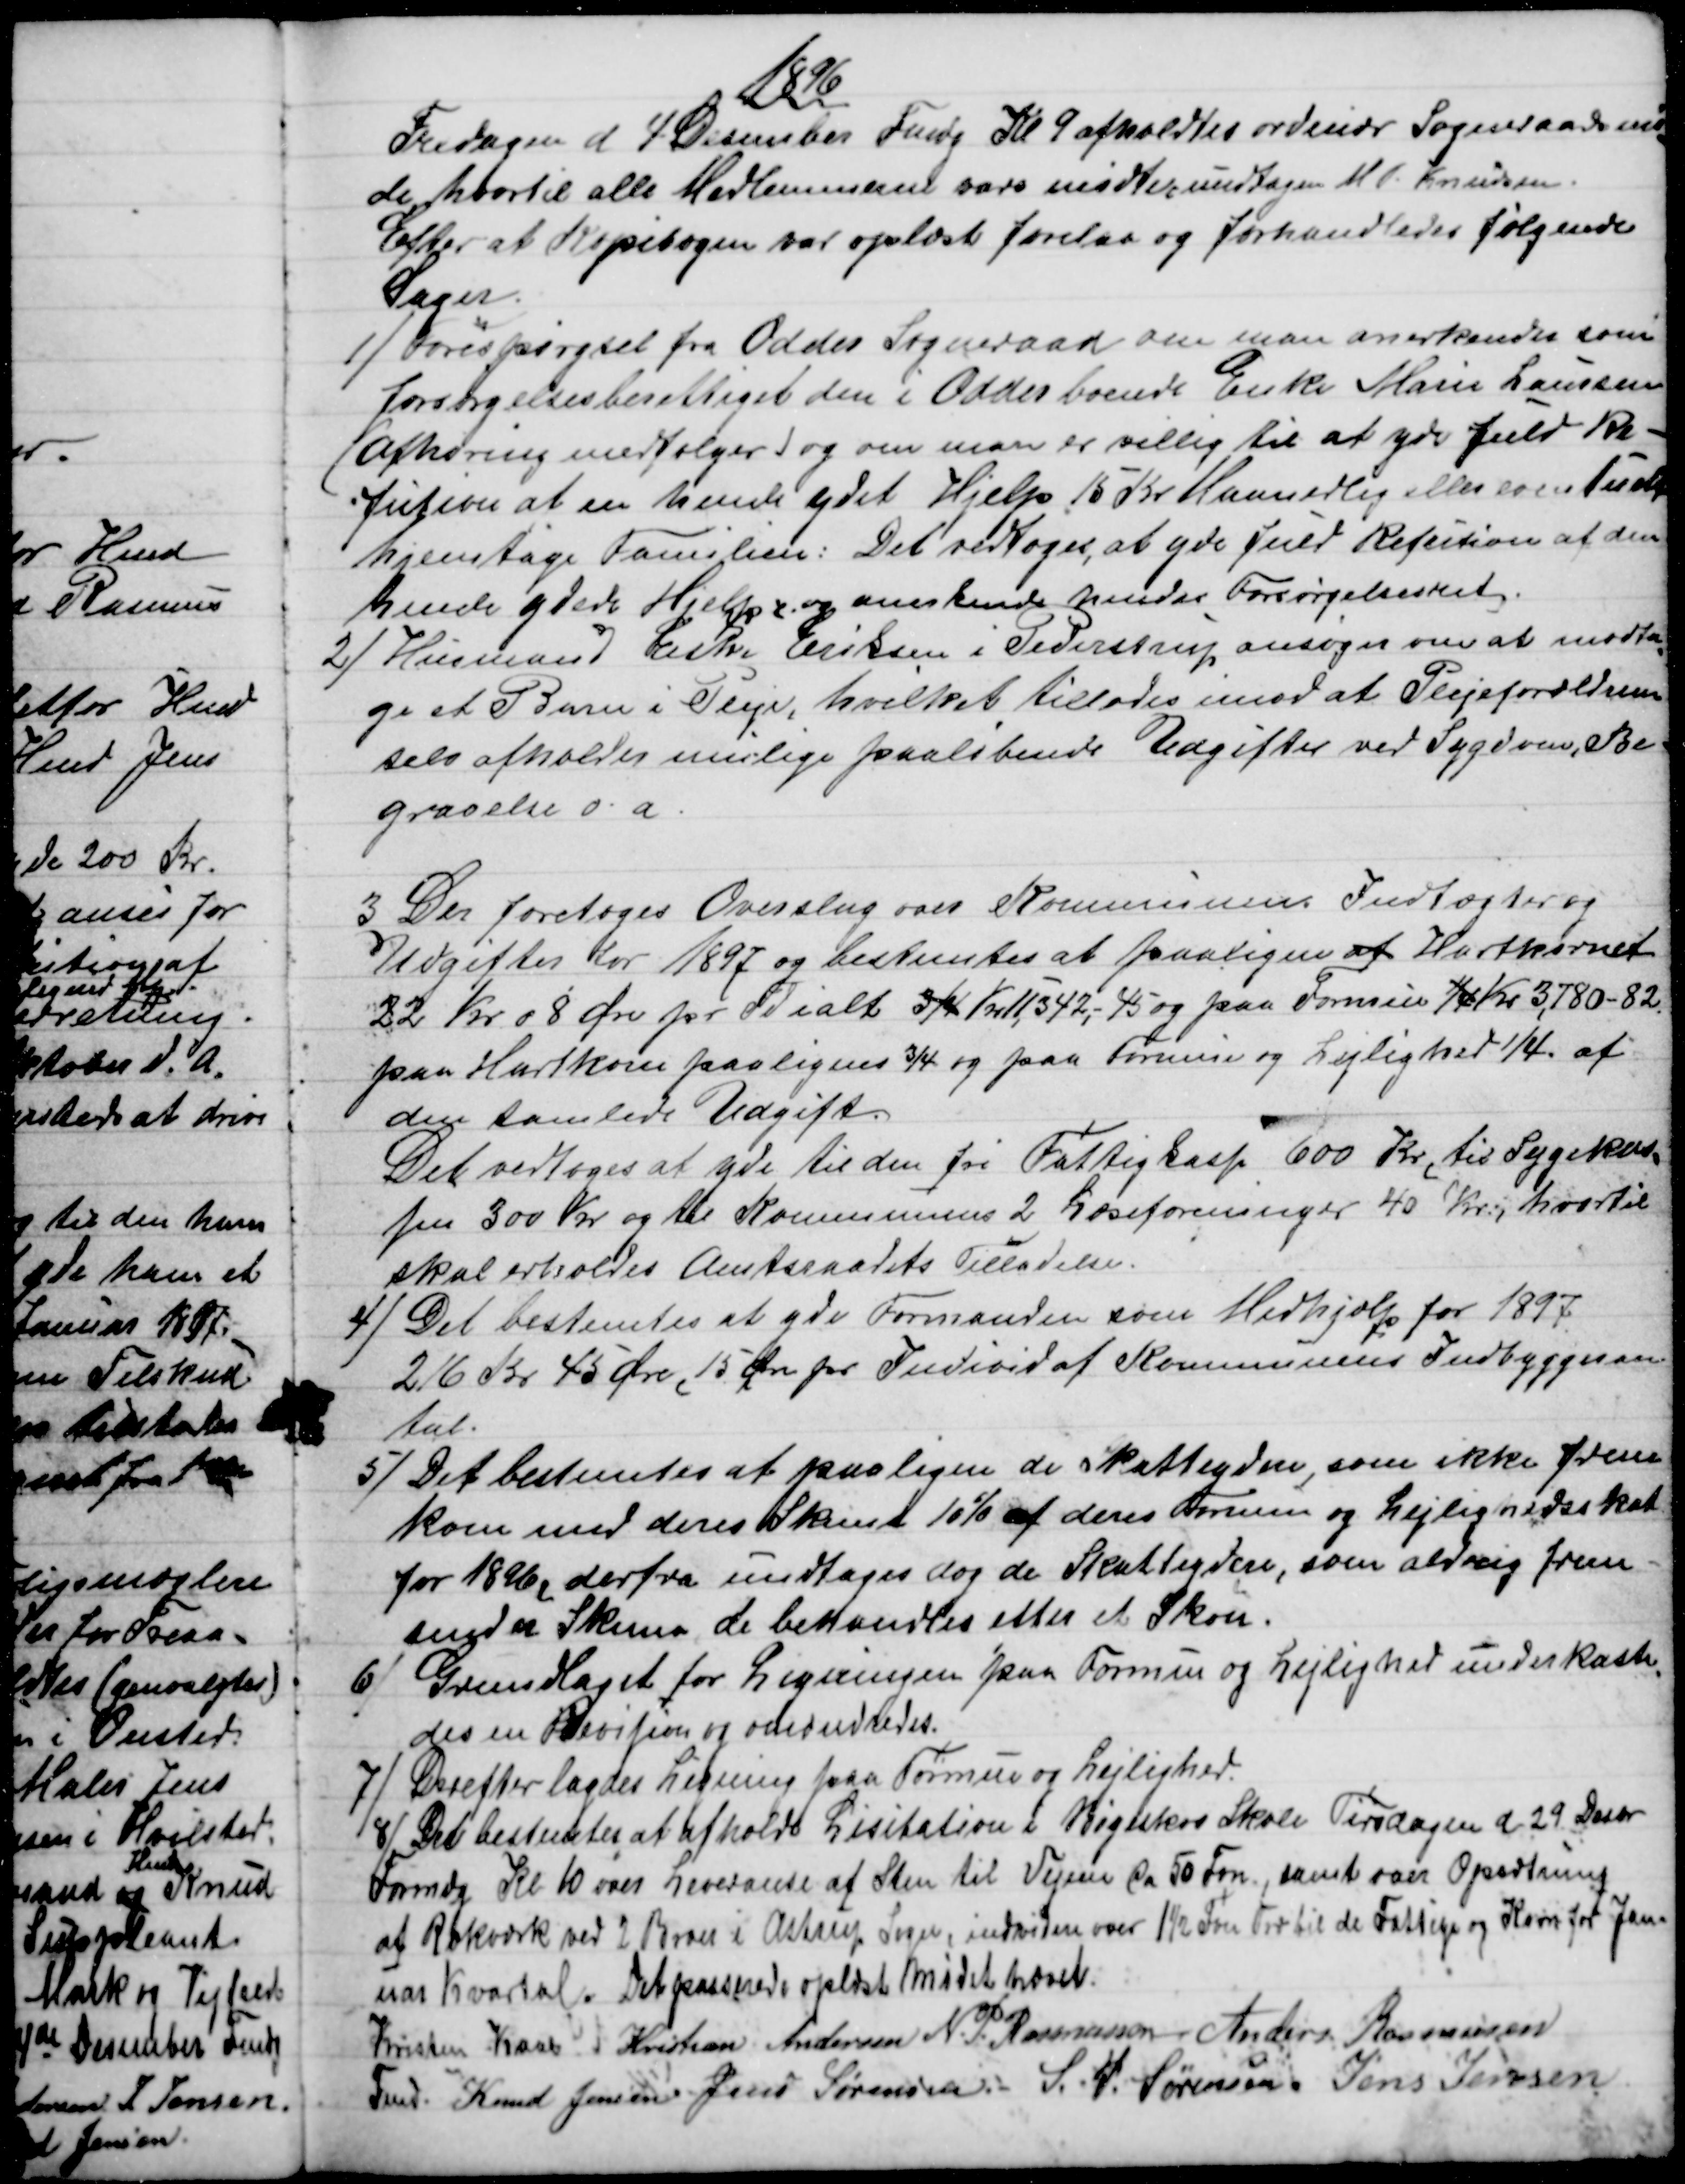
Transskription:
1896
Fredagen d. 4 Desember Fmdg Kl. 9 afholdtes ordinær Sogneraadsmø
=
de, hvortil alle Medlemmerne vare mødte undtagen M. P. Knudsen.
Efter at Kopibogen var oplæst forelaa og forhandledes følgende
Sager.
1)
Forespørgsel fra Odder Sogneraad om man anerkender som
forsørgelsesberettiget den i Odder boende Enke Marie Laursen
(Afhøring medfølger) og om man er villig til at yde fuld Re-
fution af en hende ydet Hjelp 15 Kr Maanedlig eller eventuelt
hjemtage Familien: Det vedtoges, at yde fuld Refusion af den
hende ydede Hjelp og anerkende hendes Forsørgelsesret.
2) 
Husmand Eske Eriksen i Pederstrup ansøger om at modta
=
ge et Barn i Pleje, hvilket tillodes imod at Plejeforældrene
selv afholder mulige paaløbende Udgifter ved Sygdom, Be-
gravelse o. a.
3 Der foretoges Overslag over Kommunens Indtægter og
Udgifter for 1897 og bestemtes at paaligne af Hartkornet
22 Kr. 08 Øre pr Td ialt ¾ Kr 11,342,-45 og paa Formue ¼ Kr 3,780-82.
paa Hartkorn paalignes ¾ og paa Formue og Lejlighed ¼ af
den samlede Udgift.
Det vedtoges at yde til den fri Fattigkasse 600 Kr. til Sygekas-
sen 300 Kr. og til Kommunens 2 Læseforeninger 40 Kr:, hvortil
skal erholdes Amtsraadets Tilladelse.
4) 
Det bestemtes at yde Formanden som Medhjelp for 1897
216 Kr 45 Øre, 15 Øre pr. Individ af Kommunens Indbyggeran-
tal.
5)
Det bestemtes at paaligne de Skatteydere, som ikke frem
kom med deres Skema 10% af deres Formue og Lejlighedsskat
for 1896, derfra undtages dog de Skatteydere, som aldrig frem-
sender Skema, de behandles efter et Skøn.
6)
Grundlaget for Ligningen paa Formue og Lejlighed underkaste
=
des en Revision og omordnedes.
7) 
Derefter lagdes Ligning paa Formue og Lejlighed.
8)
Det bestemtes at afholde Lisitation i Bøgeskov Skole Tirsdagen d 29 Desbr
Formdg Kl. 10 over Leveranse af Sten til Vejene ca 50 Fvn, samt over Opsætning.
af Rækværk ved 2 Broer i Astrup Sogn, indvidere over 1½ Fvn Træ til de Fattige og Korn for Jan-
uar Kvartal. Det passerede oplæst Mødet hævet.
Kristen Kaae 
Fmd. 
Kristian Andersen N. P. Rasmussen Anders Rasmussen
Knud Jensen Jens Sørensen S. P. Sørensen. Jens Jensen.